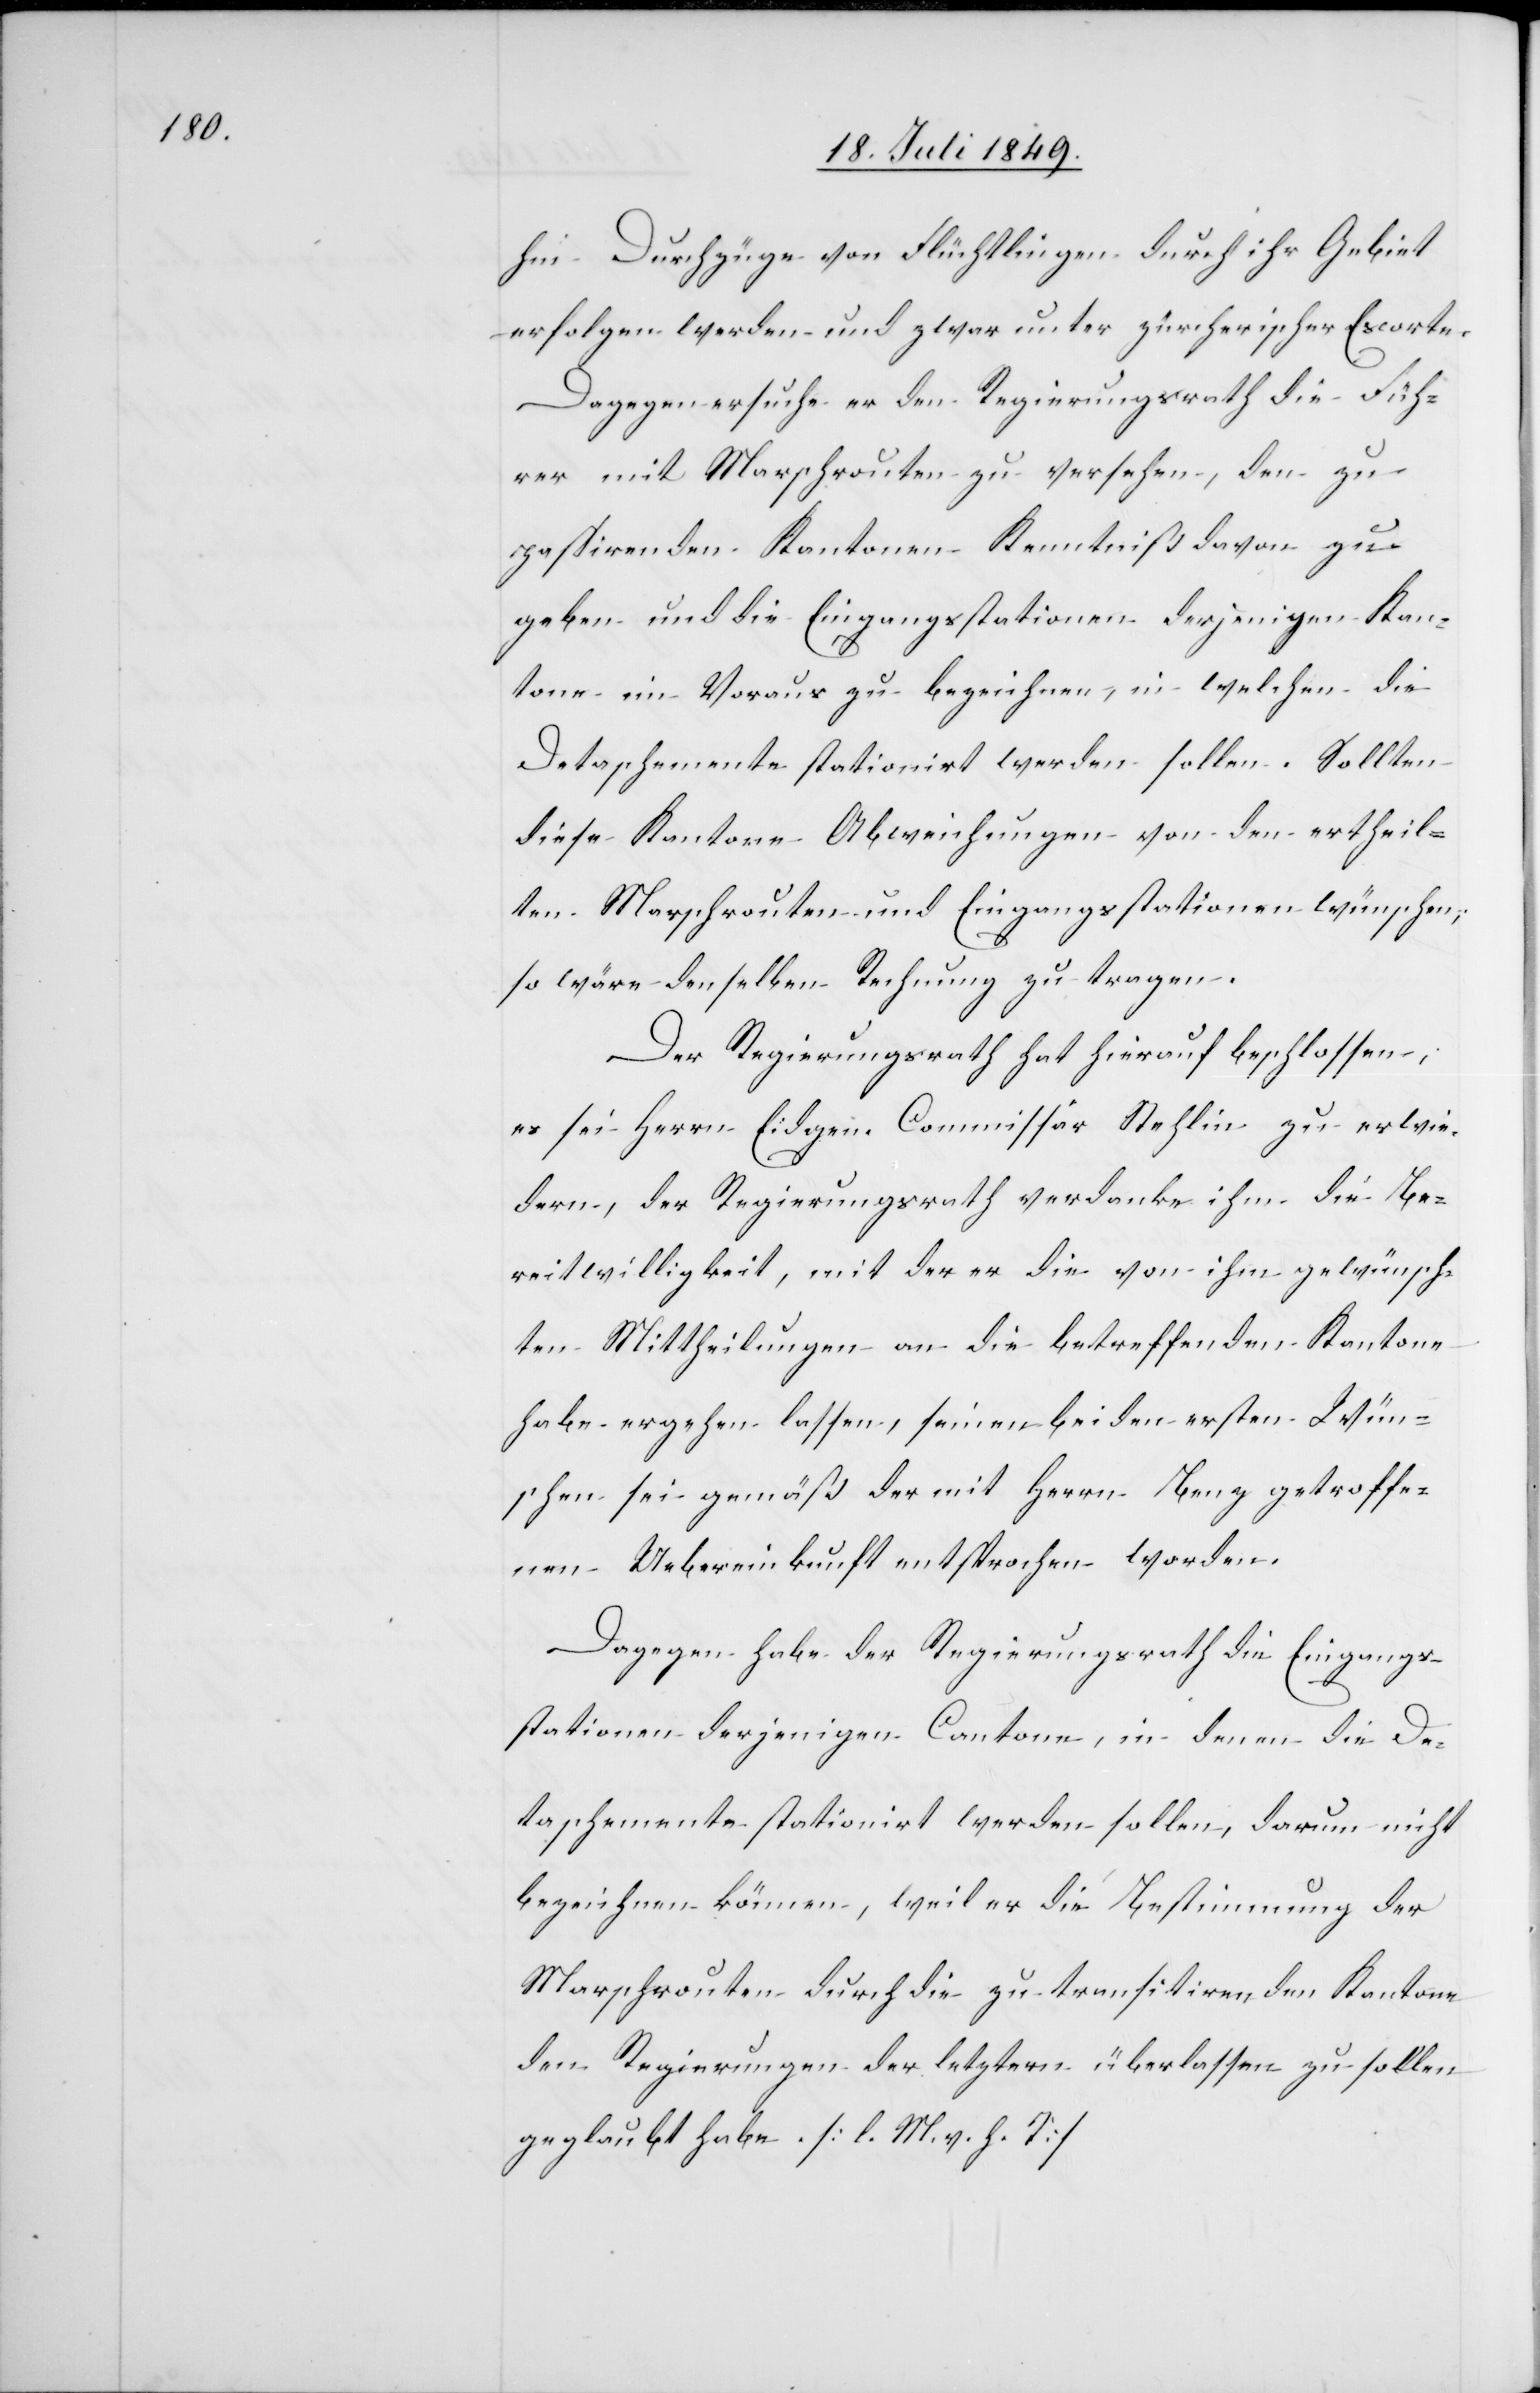
hin Durchzüge von Flüchtlingen durch ihr Gebiet
erfolgen werden und zwar unter zürcherischer Escorte.
Dagegen ersuche er den Regierungsrath die Füh¬
rer mit Marschrouten zu versehen, den zu
passirenden Kantonen Kenntniß davon zu
geben und die Eingangsstationen derjenigen Kan¬
tone im Voraus zu bezeichnen, in welchen die
Detaschemente stationirt werden sollen. Sollten
diese Kantone Abweichungen von den ertheil¬
ten Marschrouten und Eingangsstationen wünschen,
so wäre denselben Rechnung zu tragen.
Der Regierungsrath hat hierauf beschlossen:
es sei Herrn Eidgen. Commissär Stehlin zu erwie¬
dern, der Regierungsrath verdanke ihm die Be¬
reitwilligkeit, mit der er die von ihm gewünsch¬
ten Mittheilungen an die betreffenden Kantone
habe ergehen lassen, seinen beiden ersten Wün¬
schen sei gemäß der mit Herrn Benz getroffe¬
nen Uebereinkunft entsprochen worden.
Dagegen habe der Regierungsrath die Eingangs¬
stationen derjenigen Cantone, in denen die De¬
taschemente stationirt werden sollen, darum nicht
bezeichnen können, weil er die Bestimmung der
Marschrouten durch die zu transitirenden Kantone
den Regierungen der letztern überlassen zu sollen
geglaubt habe. [l. M. v. h. T]